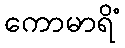
ကောမာရိံ